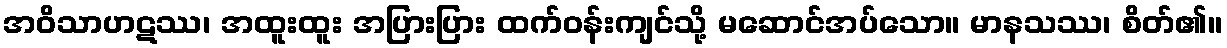
အဝိသာဟဋဿ၊ အထူးထူး အပြားပြား ထက်ဝန်းကျင်သို့ မဆောင်အပ်သော။ မာနသဿ၊ စိတ်၏။